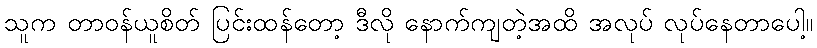
သူက တာဝန်ယူစိတ် ပြင်းထန်တော့ ဒီလို နောက်ကျတဲ့အထိ အလုပ် လုပ်နေတာပေါ့။